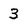
Character: 3